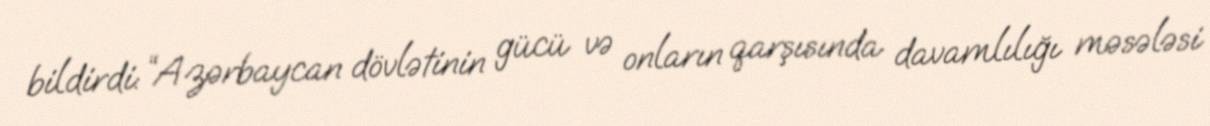
bildirdi: “Azərbaycan dövlətinin gücü və onların qarşısında davamlılığı məsələsi